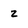
Character: z